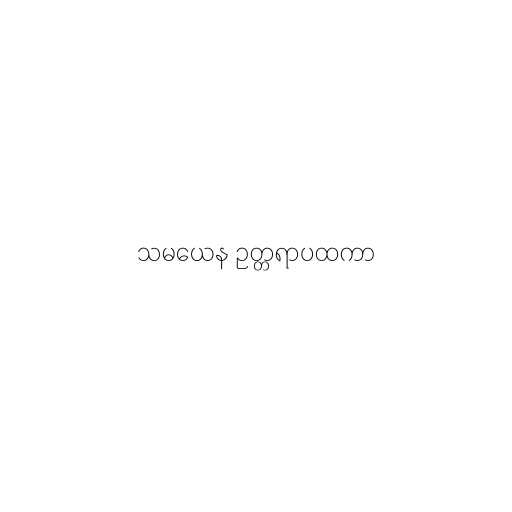
သမယေန ဥတ္တရာပထကာ